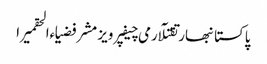
پاکستانبھارتقتلآرمی چیفپرویز مشرفضیاءالحقمیرا